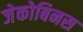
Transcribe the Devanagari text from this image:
जेकोबिनस